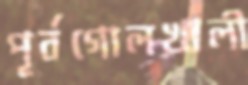
পূর্বগোলখালী